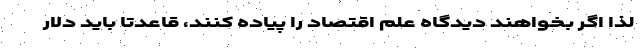
لذا اگر بخواهند دیدگاه علم اقتصاد را پیاده کنند، قاعدتاً باید دلار